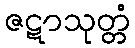
ဇဋာသုတ္တံ